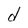
Character: d